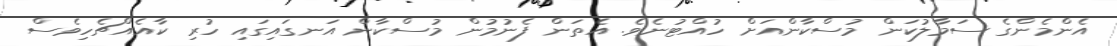
އެންމެންގެ ސަމާލުކަން މުސްކާންއަށް ހުއްޓުނެވެ. އެތަން ފެނުމުން މުސްކާން އަނގައިގައި ހުރި ކާއެއްޗެހިވެސް